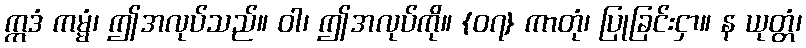
ဣဒံ ကမ္မံ၊ ဤအလုပ်သည်။ ဝါ၊ ဤအလုပ်ကို။ {၀၇} ကာတုံ၊ ပြုခြင်းငှာ။ န ယုတ္တံ၊